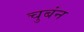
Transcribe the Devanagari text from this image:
चुबंन